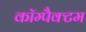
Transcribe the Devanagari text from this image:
कॉम्पैक्टम